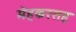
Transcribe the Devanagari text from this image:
मेहकरसह